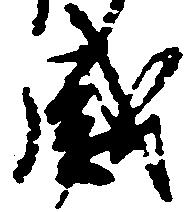
感